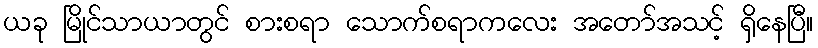
ယခု မြိုင်သာယာတွင် စားစရာ သောက်စရာကလေး အတော်အသင့် ရှိနေပြီ။